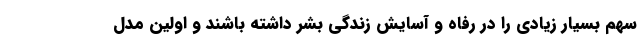
سهم بسیار زیادی را در رفاه و آسایش زندگی بشر داشته باشند و اولین مدل